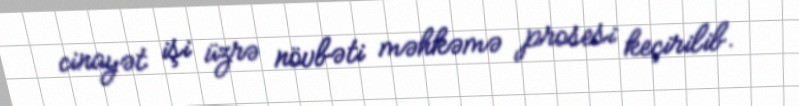
cinayət işi üzrə növbəti məhkəmə prosesi keçirilib.